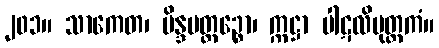
၂၀၁။ သာကေတ၊ မိန္ဒပတ္ထဉ္စော၊ က္ကဋ္ဌာ ပါဋလိပုတ္တကံ။